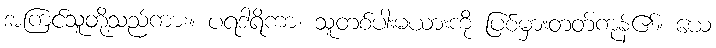
အကြင်သူတို့သည်ကား။ ပရဒါရိကာ၊ သူတစ်ပါးမယားကို ပြစ်မှားတတ်ကုန်၏။ ယေ